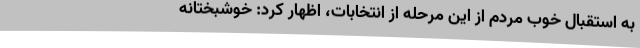
به استقبال خوب مردم از این مرحله از انتخابات، اظهار کرد: خوشبختانه